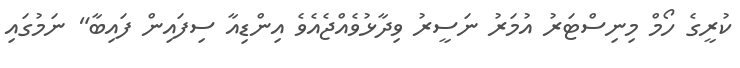
ކުރީގެ ހޯމް މިނިސްޓަރު އުމަރު ނަސީރު ވިދާޅުވެއްޖެއެވެ އިންޑިއާ ސިފައިން ފައިބާ" ނަމުގައި